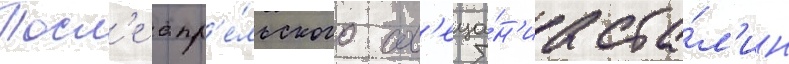
Посл'е апр'е́льского сов'еща́н'иа ста́л'ин